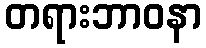
တရားဘာဝနာ